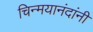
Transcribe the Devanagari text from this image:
चिन्मयानंदांनी